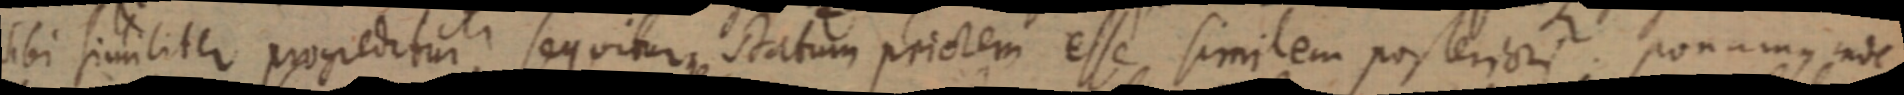
sibi similiter progeditur, sequitur statum priorem esse similem posterioris. Ponamus inde